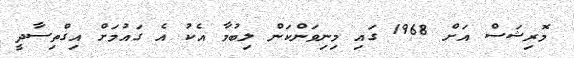
މޮރިޝަސް އަށް 1968 ގައި މިނިވަންކަން ލިބުމާ އެކު އެ ގައުމަށް އިގްތިސާދީ